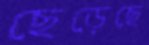
ছেড়েছে